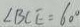
\angle B C E = 6 0 ^ { \circ }